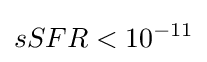
sSFR<10^{-11}